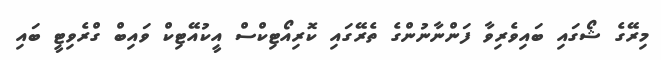
މިރޭގެ ޝޯގައި ބައިވެރިވާ ފަންނާނުންގެ ތެރޭގައި ކޮރިއޯޓިކްސް އީކުއޭޓިކް ވައިބް ގްރެވިޓީ ބައި